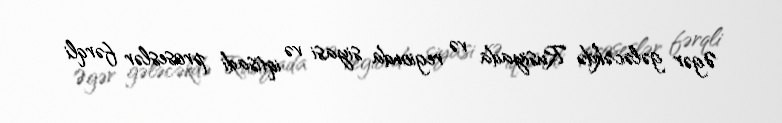
Əgər gələcəkdə Rusiyada və regionda siyasi və iqtisadi proseslər fərqli